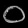
Digit: ၀